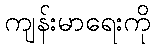
ကျန်းမာရေးကို